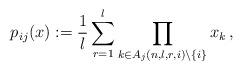
LaTeX: \begin{align*}p_{ij}(x) := \frac{1}{l}\sum_{r=1}^l \prod_{k\in A_j(n,l,r,i)\backslash\{i\}}x_k\, ,\end{align*}